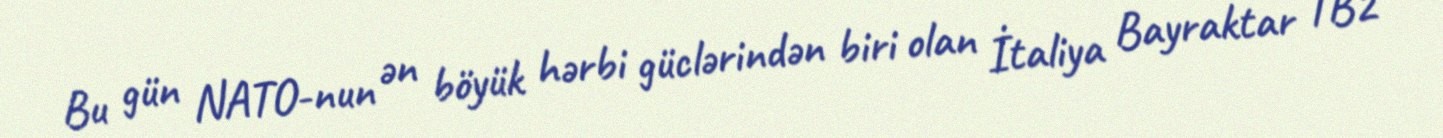
Bu gün NATO-nun ən böyük hərbi güclərindən biri olan İtaliya Bayraktar TB2